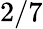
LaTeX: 2/7